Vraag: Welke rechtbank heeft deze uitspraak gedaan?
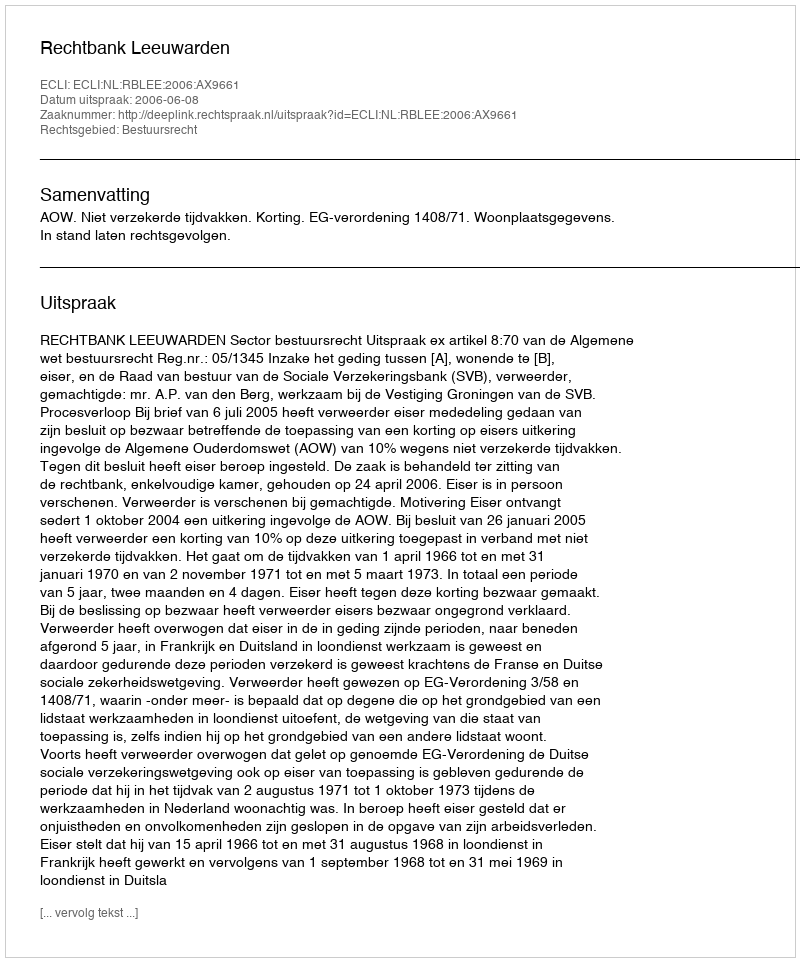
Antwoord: Rechtbank Leeuwarden